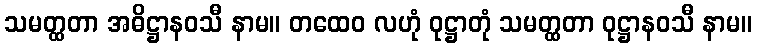
သမတ္ထတာ အဓိဋ္ဌာနဝသီ နာမ။ တထေဝ လဟုံ ဝုဋ္ဌာတုံ သမတ္ထတာ ဝုဋ္ဌာနဝသီ နာမ။